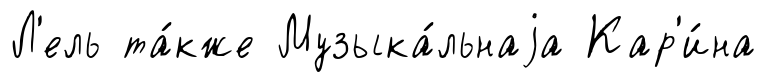
Л'ель та́кже Музыка́льнаjа Кар'и́на